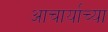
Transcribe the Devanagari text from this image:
आचार्याच्या